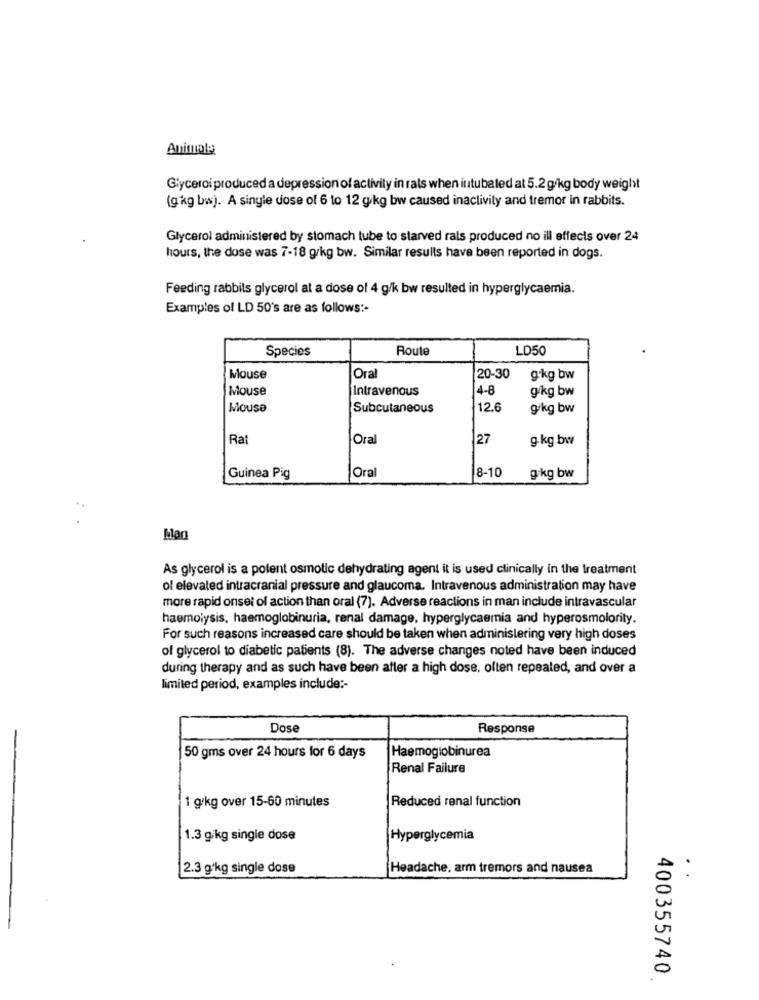
Animale
Glyceroi produced a depression of activity in rats when intubated at 5.2 g/kg body weight
(g kg bis). A single dose of 6 to 12 g/kg bw caused inactivity and tremor in rabbits.
Glycerol administered by stomach tube to starved rals produced no ill effects over 24
hours, the dose was 7-18 g/kg bw. Similar results have been reported in dogs.
Feeding rabbils glycerol at a dose of 4 g/k bw resulted in hyperglycemia.
Examples of LD 50's are as follows :-
Species
Route
LD50
Mouse
Oral
20-30
g.kg bw
Mouse
Intravenous
4-8
g/kg bw
Mouse
Subcutaneous
12.6
g/kg bw
Rat
Oral
27
g- kg bw
Guinea Pig
Oral
8-10
g/kg bw
Man
As glycerol is a polent osmotic dehydrating agent it is used clinically in the treatment
of elevated intracranial pressure and glaucoma. Intravenous administration may have
more rapid onset of action than oral (7). Adverse reactions in man include intravascular
haemolysis, haemoglobinuria, renal damage, hyperglycemia and hyperosmolority.
For such reasons increased care should be taken when administering very high doses
of glycerol to diabetic patients (8). The adverse changes noted have been induced
during therapy and as such have been after a high dose. often repeated, and over a
limited period, examples include :-
Dose
Response
Haemoglobinurea
50 gms over 24 hours for 6 days
Renal Failure
Reduced renal function
1 g/kg over 15-60 minutes
1.3 g/kg single dose
Hyperglycemia
2.3 g/kg single dose
Headache, arm tremors and nausea
.
400355740